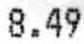
8.49